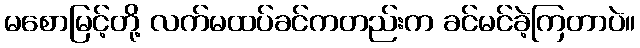
မစောမြင့်တို့ လက်မထပ်ခင်ကတည်းက ခင်မင်ခဲ့ကြတာပဲ။